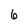
Character: 6